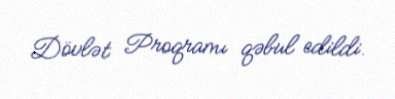
Dövlət Proqramı qəbul edildi.